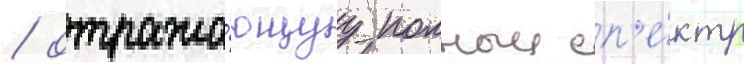
/ отража́ющуу полныи сп'е́ктр